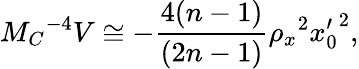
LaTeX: M_{C}{}^{-4}V\cong-\frac{4(n-1)}{(2n-1)}\rho_{x}{}^{2}{x_{0}^{\prime}}^{2},